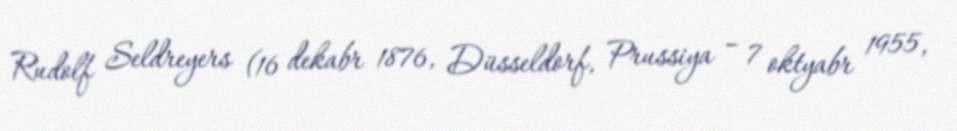
Rudolf Seldreyers (16 dekabr 1876, Düsseldorf, Prussiya – 7 oktyabr 1955,